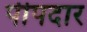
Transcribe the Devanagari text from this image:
पीपदार